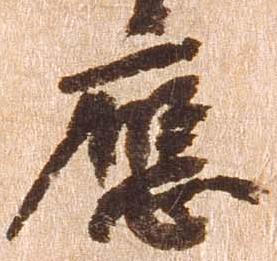
応